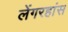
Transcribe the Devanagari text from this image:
लेंगरहांस